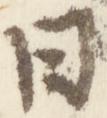
日